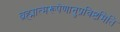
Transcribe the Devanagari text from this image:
ब्रह्मात्मरूपेणानुप्रविष्टमिति